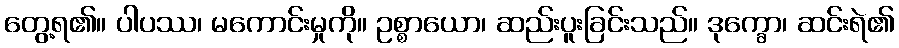
တွေ့ရ၏။ ပါပဿ၊ မကောင်းမှုကို။ ဥစ္စာယော၊ ဆည်းပူးခြင်းသည်။ ဒုက္ခော၊ ဆင်းရဲ၏